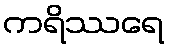
ကရိဿရေ